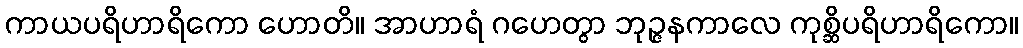
ကာယပရိဟာရိကော ဟောတိ။ အာဟာရံ ဂဟေတွာ ဘုဉ္ဇနကာလေ ကုစ္ဆိပရိဟာရိကော။